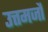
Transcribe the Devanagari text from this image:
उत्तमजौ